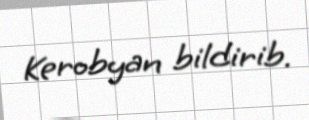
Kerobyan bildirib.